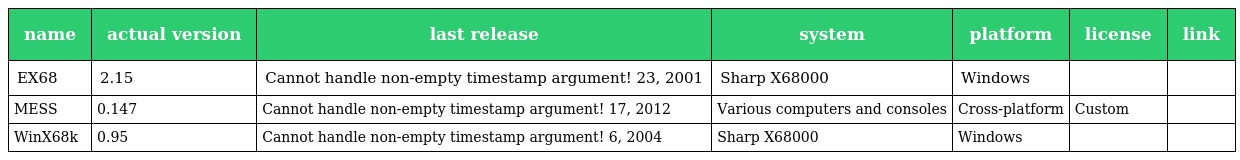
| name | actual version | last release | system | platform | license | link |
 | --- | --- | --- | --- | --- | --- | --- |
 | EX68 | 2.15 | Cannot handle non-empty timestamp argument! 23, 2001 | Sharp X68000 | Windows |  |  |
 | MESS | 0.147 | Cannot handle non-empty timestamp argument! 17, 2012 | Various computers and consoles | Cross-platform | Custom |  |
 | WinX68k | 0.95 | Cannot handle non-empty timestamp argument! 6, 2004 | Sharp X68000 | Windows |  |  |